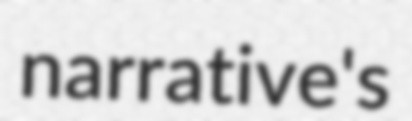
narrative's